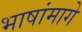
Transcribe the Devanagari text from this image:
भाषांमागे